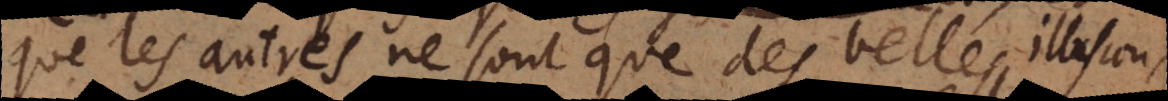
que les autres ne sont que des belles illusions